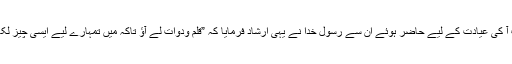
صحابہ میں سے بعض برگزیدہ حضرات آ کی عیادت کے لیے حاضر ہوئے ان سے رسول خدا نے یہی ارشاد فرمایا کہ ”قلم ودوات لے آؤ تاکہ میں تمہارے لیے ایسی چیز لکھ دوں جس سے تم کبھی گمراہ نہ ہوگے۔